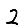
Digit: 2